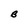
Character: B